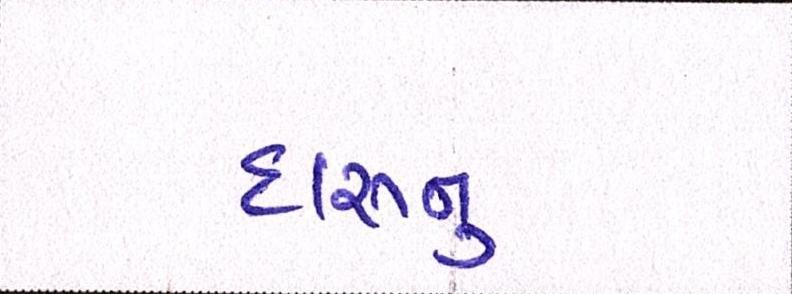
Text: દારૂનુ